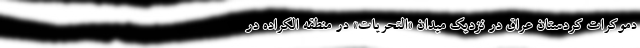
دموکرات کردستان عراق در نزدیک میدان «التحریات» در منطقه الکراده در